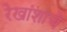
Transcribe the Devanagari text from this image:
रेखांशाचे